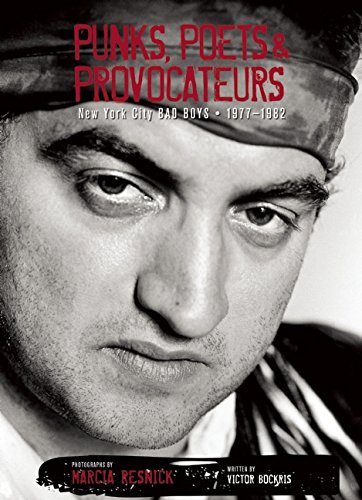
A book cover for Punks, Poets, and Provocateurs: New York City Bad Boys, 1977EE1982; Arts & Photography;